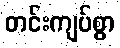
တင်းကျပ်စွာ